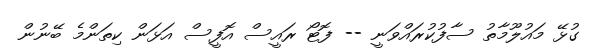
ގުޅޭ މައުލޫމާތު ސާފުކުރައްވަނީ -- ފޮޓޯ ރައީސް އޮފީސް އަޅަން ކިތަންމެ ބޭނުން